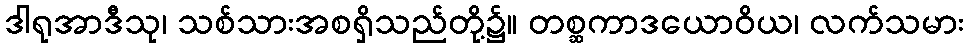
ဒါရုအာဒီသု၊ သစ်သားအစရှိသည်တို့၌။ တစ္ဆကာဒယောဝိယ၊ လက်သမား